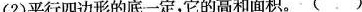
(2)平行四边形的底一定，它的高和面积。()